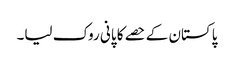
پاکستان کے حصے کا پانی روک لیا۔